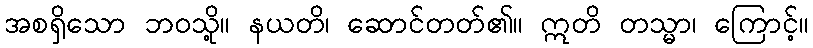
အစရှိသော ဘဝသို့။ နယတိ၊ ဆောင်တတ်၏။ ဣတိ တသ္မာ၊ ကြောင့်။